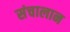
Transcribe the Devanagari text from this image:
संचालान